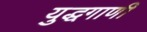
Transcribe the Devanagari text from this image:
युद्धगाणी